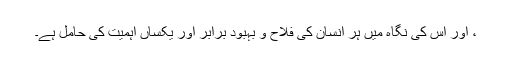
، اور اس کی نگاہ میں ہر انسان کی فلاح و بہبود برابر اور یکساں اہمیت کی حامل ہے۔